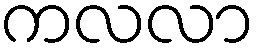
ကလလာ